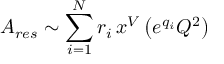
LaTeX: A _ { r e s } \sim \sum _ { i = 1 } ^ { N } r _ { i } \, x ^ { V } \left( e ^ { q _ { i } } Q ^ { 2 } \right)